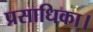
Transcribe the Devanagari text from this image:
प्रसाधिका।